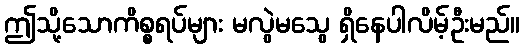
ဤသို့သောကိစ္စရပ်များ မလွဲမသွေ ရှိနေပါလိမ့်ဦးမည်။